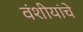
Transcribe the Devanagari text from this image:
वंशीयांचे